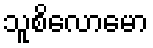
သူစိလောမော